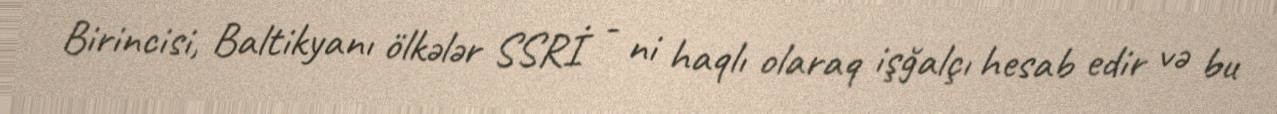
Birincisi, Baltikyanı ölkələr SSRİ - ni haqlı olaraq işğalçı hesab edir və bu